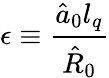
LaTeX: \epsilon\equiv\frac{\hat{a}_{0}l_{q}}{\hat{R}_{0}}